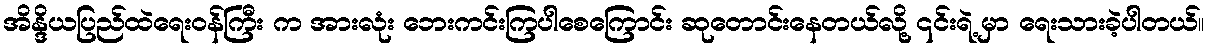
အိန္ဒိယပြည်ထဲရေးဝန်ကြီး က အားလုံး ဘေးကင်းကြပါစေကြောင်း ဆုတောင်းနေတယ်လို့ ၎င်းရဲ့ မှာ ရေးသားခဲ့ပါတယ်။